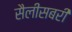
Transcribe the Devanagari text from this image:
सैलीसबरी